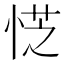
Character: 𪫿